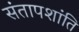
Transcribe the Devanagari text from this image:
संतापशांति